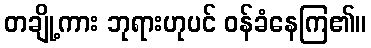
တချို့ကား ဘုရားဟုပင် ဝန်ခံနေကြ၏။